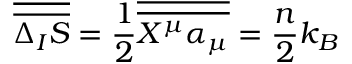
{ \overline { { \overline { { \Delta _ { I } S } } } } } = \frac { 1 } { 2 } { \overline { { \overline { { X ^ { \mu } \alpha _ { \mu } } } } } } = \frac { n } { 2 } k _ { B }